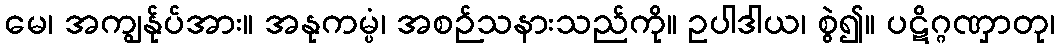
မေ၊ အကျွန်ုပ်အား။ အနုကမ္ပံ၊ အစဉ်သနားသည်ကို။ ဥပါဒါယ၊ စွဲ၍။ ပဋိဂ္ဂဏှာတု၊